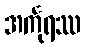
အင်္ကုရဿ